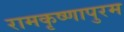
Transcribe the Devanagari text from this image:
रामकृष्णापुरम